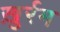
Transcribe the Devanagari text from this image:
ख़ुर्रम